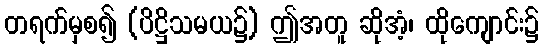
တရက်မှစ၍ (ပိဋ္ဌိသမယ၌) ဤအတူ ဆိုအံ့၊ ထိုကျောင်း၌